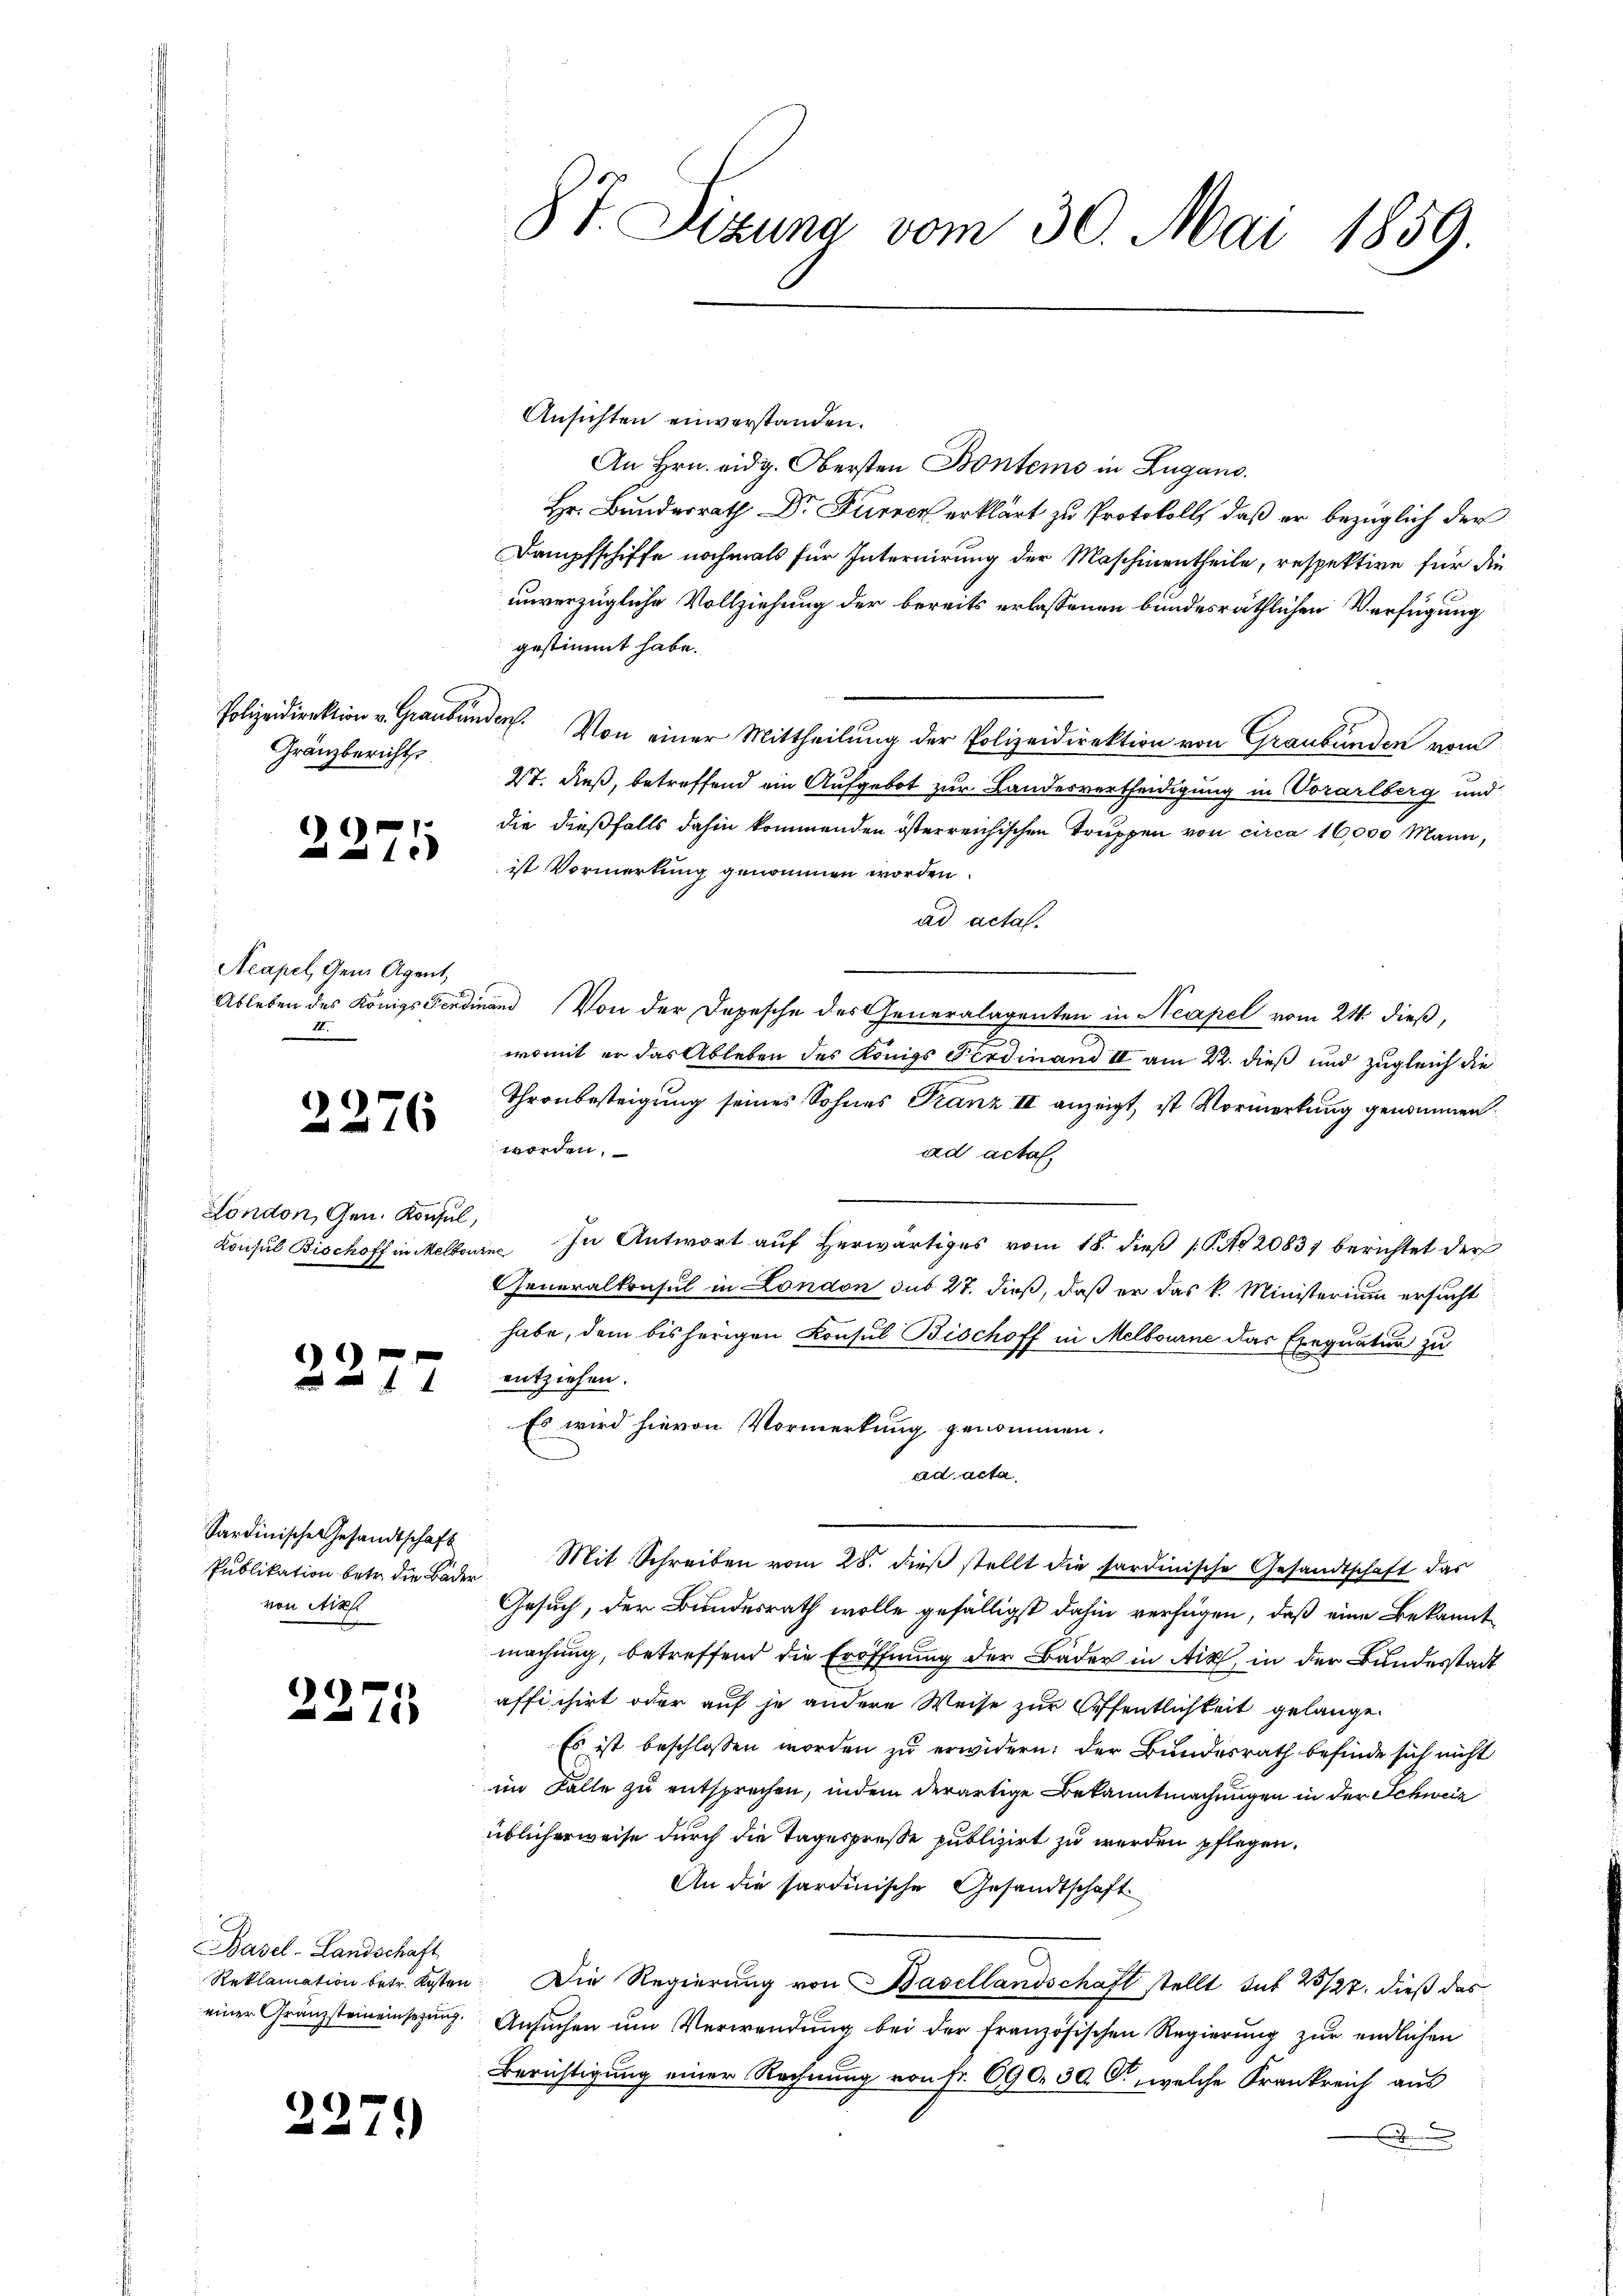
Polizeidirektion v. Graubünden.
Gränzbericht

n

1275

Acapel, dem Agent,
I.

2276

London, Gen. Konsul,

2277

Sardinische Gesandtschaft
von Aix

2275

Basel-Landschaft

227.)

87. Sizung vom 30. Mai 1859.

Ansichten einverstanden.
An Hrn. eidg. Obersten Bontems in Lugano.
Hr. Bunderrath Dr Furren erklärt zu Protokoll, daß er bezüglich der
Dampfschiffe nochmals für Internirung der Maschinentheile, respektive für die
unverzügliche Vollziehung der bereits erlassenen bundesräthlichen Verfügung
gestimmt habe.
Von einer Mittheilung der Polizeidirektion von Graubünden vom
27. dieß, betreffend ein Aufgebot zur Landesvertheidigung in Vorarlberg und
die dießfalls dahin kommenden österreichischen Truppen von circa 16,000 Mann,
ist Vormerkung genommen worden.
ad acta.
Ableben des Königs Ferdinand Von der Depesche des Generalagenten in Neapel vom 24. dieß,
womit er das Ableben des Königs Ferdinand II am 22. dieß und zugleich die
Thronbesteigung seines Sohnes Franz III anzeigt, ist Vormerkung genommen
worden.
ad acta
Konsul Bischoff in Melbouin In Antwort auf herwärtiges vom 18. dieß (S. 20837 berichtet der
Generalkonsul in London sub 27. dieß, daß er das k. Ministerium ersucht
habe, dem bisherigen Consul Bischoff in Melbourne das Exequatur zu
entziehen.
Es wird hievon Vormerkung genommen.
ad acta
Publikation betr. die Baden Mit Schreiben vom 28. dieβ stellt die sardinische Gesandtschaft das
Gesuch, der Bundesrath wolle gefälligst dahin verfügen, daß eine Bekanntmachung, betreffend die Eröffnung der Bäder in Aix, in der Bundesstadt
affichirt oder auf je andere Weise zur Öffentlichkeit gelange.
Es ist beschlossen worden zu erwidern: der Bundesrath befinde sich nicht
im Falle zu entsprechen, indem derartige Bekanntmachungen in der Schweiz
üblicherweise durch die Tagespreße publizirt zu werden pflegen.
An die sardinische Gesandtschaft
Reklamation betr. Kosten. Die Regierung von Basellandschaft stellt sub 25/27. dieß das
einer Gränzsteineinsezung. Ansŭchen ŭm Verwendung bei der französischen Regierŭng zur endlichen
Berichtigung einer Rechnung von Fr. 690. 30. O, welche Frankreich aus